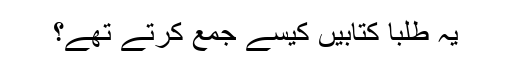
​یہ طلبا کتابیں کیسے جمع کرتے تھے؟